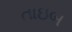
તાઇબ